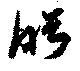
盻